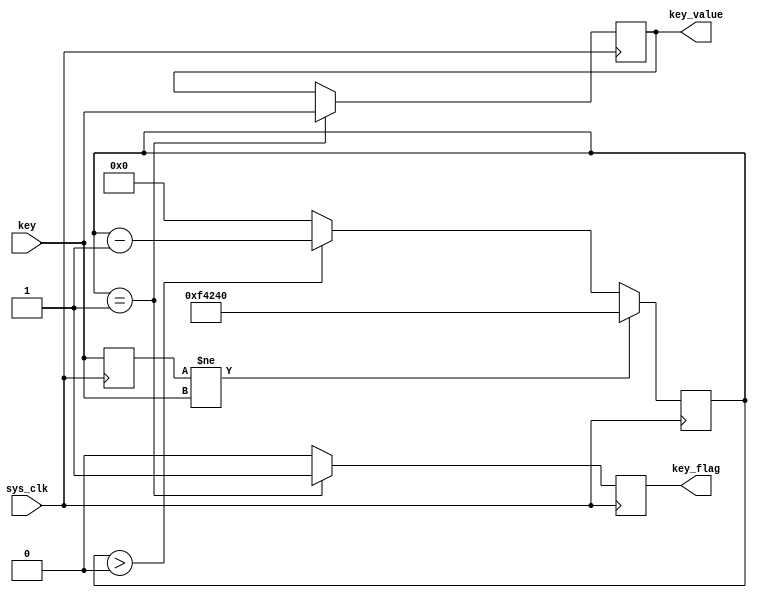
module debounce_sw(
    input        sys_clk ,
    input        key ,         //
    output  reg  key_value = 1'b0,   //
    output  reg  key_flag = 1'b0      //
);

//reg define
reg [19:0] cnt = 20'd0;
reg        key_reg = 1'b1;

//*****************************************************
//**                    main code
//*****************************************************

//
always @ (posedge sys_clk) begin
    key_reg <= key;           //
    if(key_reg != key) begin  //
        cnt <= 20'd100_0000;  //20'd100_0000//100_0000 * 20ns(1s/50MHz) = 20ms
    end
    else begin                //
        if(cnt > 20'd0)       //0
            cnt <= cnt - 1'b1;  
        else
            cnt <= 20'd0;
    end
end

//
always @ (posedge sys_clk) begin
    if(cnt == 20'd1) begin
		key_value <= key;
		key_flag  <= 1'b1;
        end
    else begin
		key_value <= key_value;
		key_flag  <= 1'b0;
    end
end

endmodule